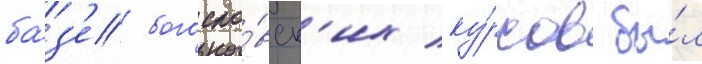
ба́з'е богосло́вск'их ку́рсов бы́л